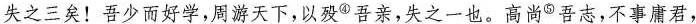
失之三矣！吾少而好学，周游天下，以殁^{④}吾亲，失之一也。高尚^{⑤}吾志，不事庸君，